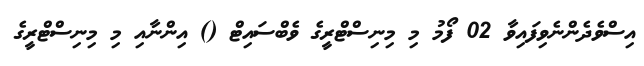
އިސްވެދެންނެވިފައިވާ 02 ފޯމު މި މިނިސްޓްރީގެ ވެބްސައިޓް () އިންނާއި މި މިނިސްޓްރީގެ